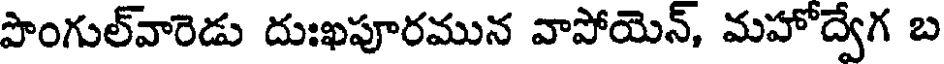
పొంగుల్వారెడు దుఃఖపూరమున వాపోయెన్, మహోద్వేగ బ